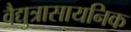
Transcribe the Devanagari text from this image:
वैद्युत्रासायनिक